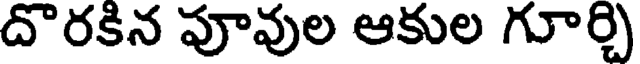
దొరకిన పూవుల ఆకుల గూర్చి